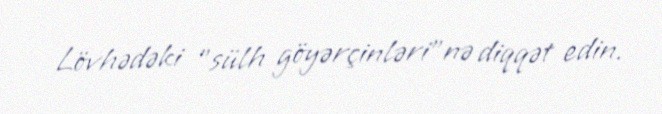
Lövhədəki "sülh göyərçinləri"nə diqqət edin.